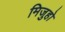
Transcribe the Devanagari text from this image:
मिजुहो